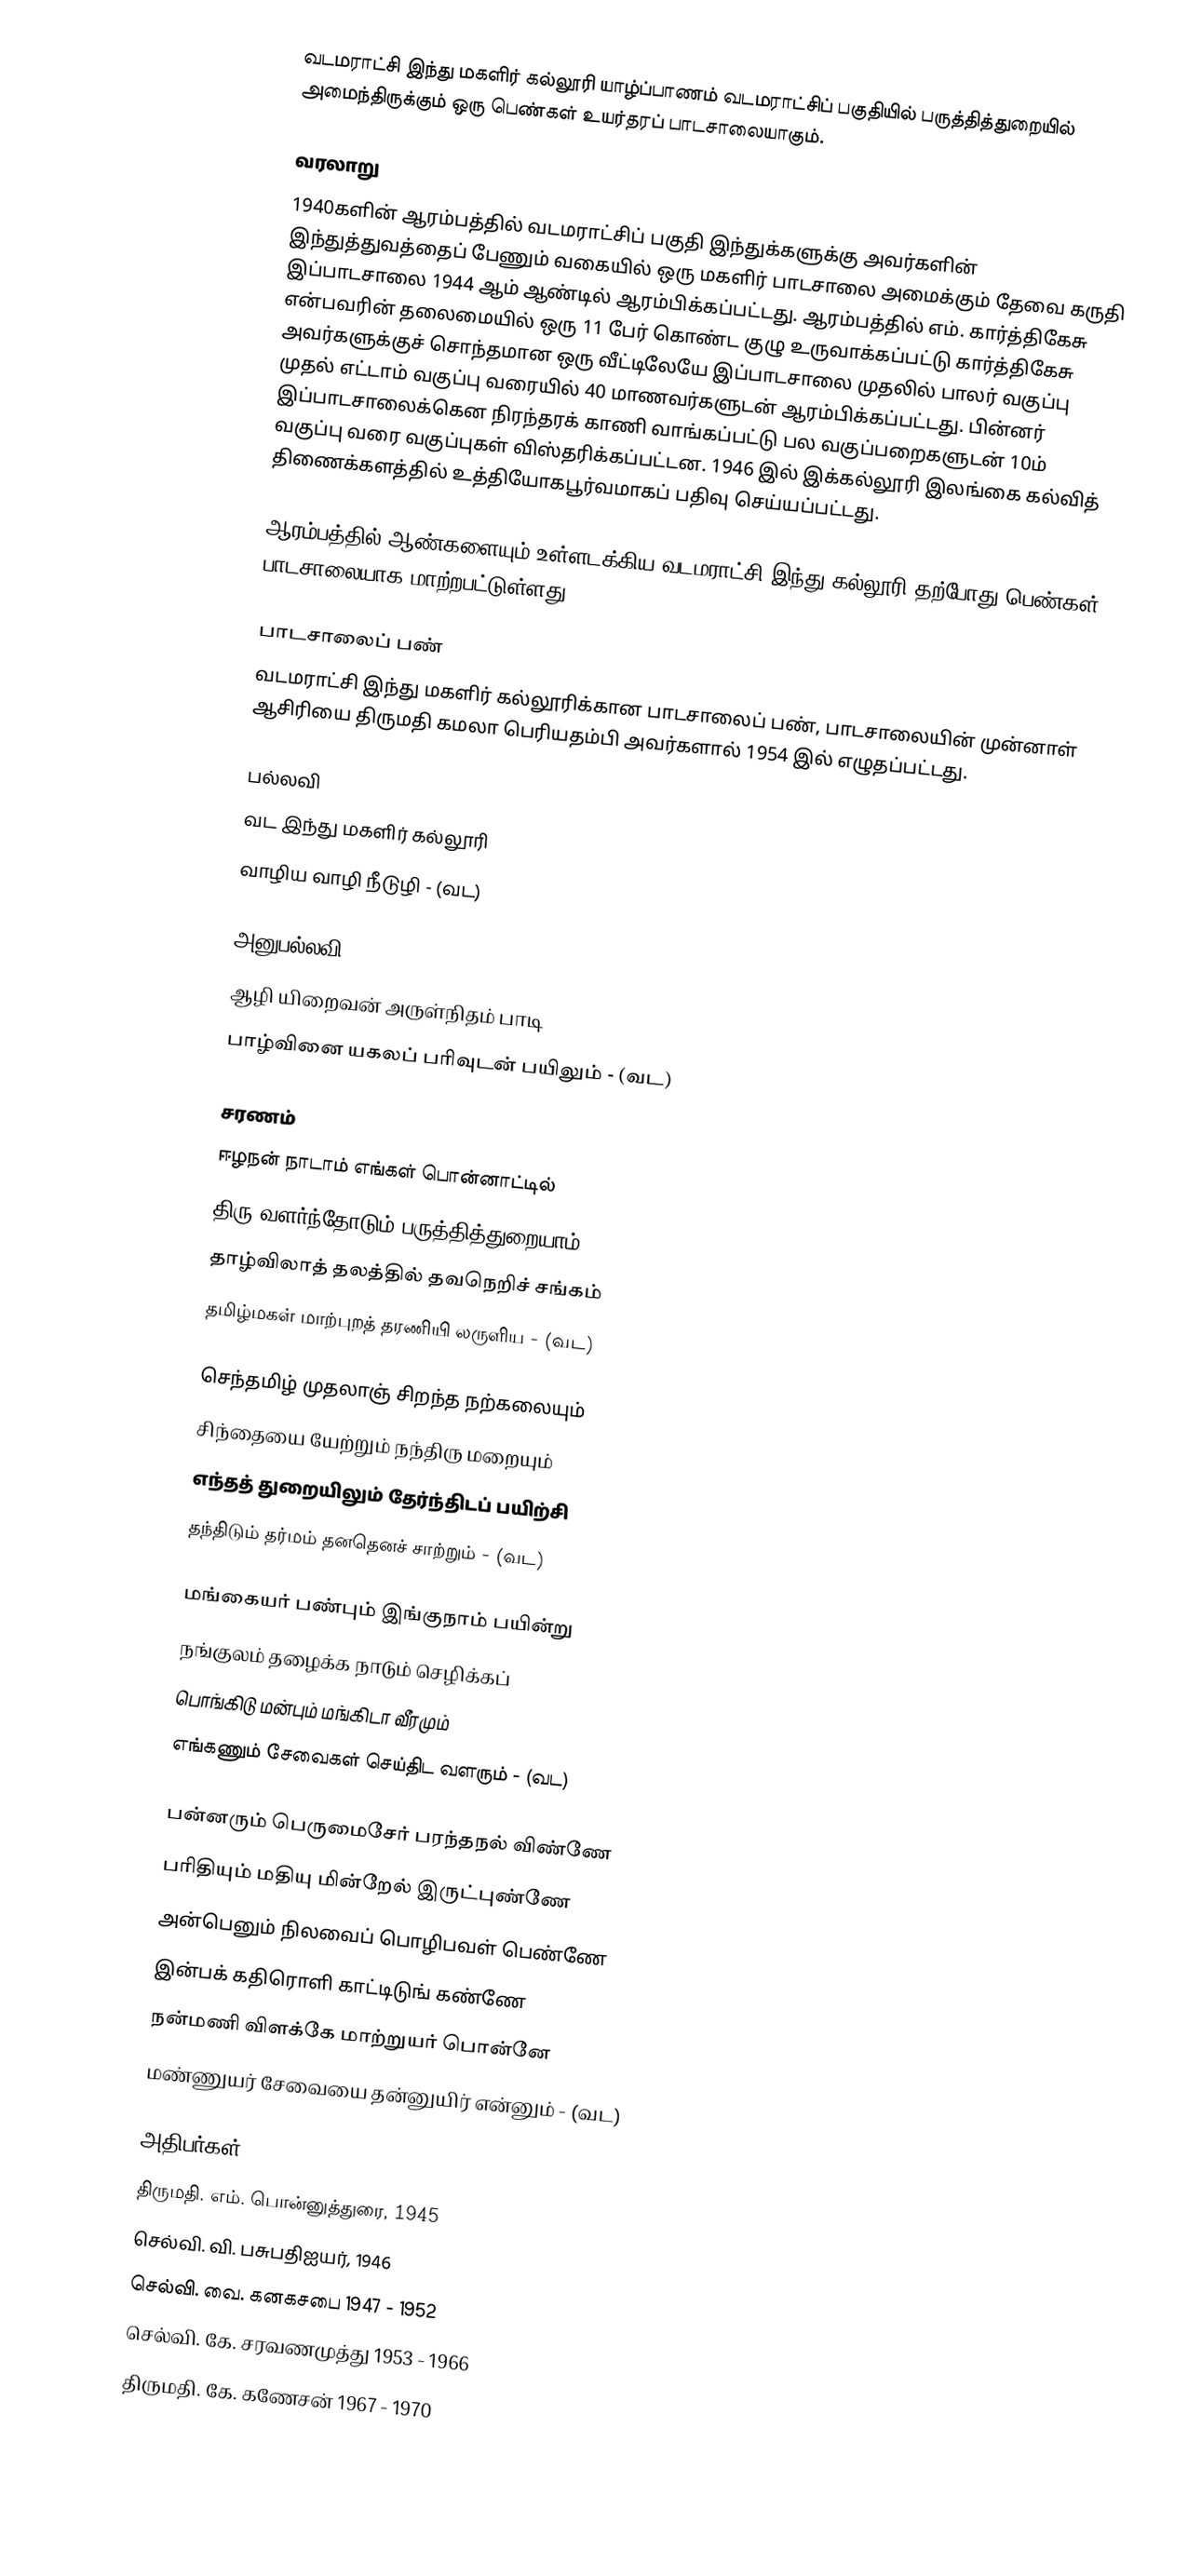
வடமராட்சி இந்து மகளிர் கல்லூரி யாழ்ப்பாணம் வடமராட்சிப் பகுதியில் பருத்தித்துறையில் அமைந்திருக்கும் ஒரு பெண்கள் உயர்தரப் பாடசாலையாகும்.

வரலாறு
1940களின் ஆரம்பத்தில் வடமராட்சிப் பகுதி இந்துக்களுக்கு அவர்களின் இந்துத்துவத்தைப் பேணும் வகையில் ஒரு மகளிர் பாடசாலை அமைக்கும் தேவை கருதி இப்பாடசாலை 1944 ஆம் ஆண்டில் ஆரம்பிக்கப்பட்டது. ஆரம்பத்தில் எம். கார்த்திகேசு என்பவரின் தலைமையில் ஒரு 11 பேர் கொண்ட குழு உருவாக்கப்பட்டு கார்த்திகேசு அவர்களுக்குச் சொந்தமான ஒரு வீட்டிலேயே இப்பாடசாலை முதலில் பாலர் வகுப்பு முதல் எட்டாம் வகுப்பு வரையில் 40 மாணவர்களுடன் ஆரம்பிக்கப்பட்டது. பின்னர் இப்பாடசாலைக்கென நிரந்தரக் காணி வாங்கப்பட்டு பல வகுப்பறைகளுடன் 10ம் வகுப்பு வரை வகுப்புகள் விஸ்தரிக்கப்பட்டன. 1946 இல் இக்கல்லூரி இலங்கை கல்வித் திணைக்களத்தில் உத்தியோகபூர்வமாகப் பதிவு செய்யப்பட்டது.

ஆரம்பத்தில் ஆண்களையும் உள்ளடக்கிய வடமராட்சி இந்து கல்லூரி தற்போது பெண்கள் பாடசாலையாக மாற்றபட்டுள்ளது.

பாடசாலைப் பண்
வடமராட்சி இந்து மகளிர் கல்லூரிக்கான பாடசாலைப் பண், பாடசாலையின் முன்னாள் ஆசிரியை திருமதி கமலா பெரியதம்பி அவர்களால் 1954 இல் எழுதப்பட்டது.

பல்லவி
வட இந்து மகளிர் கல்லூரி
வாழிய வாழி நீடுழி - (வட)

அனுபல்லவி
ஆழி யிறைவன் அருள்நிதம் பாடி
பாழ்வினை யகலப் பரிவுடன் பயிலும் - (வட)

சரணம்
ஈழநன் நாடாம் எங்கள் பொன்னாட்டில்
திரு வளர்ந்தோடும் பருத்தித்துறையாம்
தாழ்விலாத் தலத்தில் தவநெறிச் சங்கம்
தமிழ்மகள் மாற்புறத் தரணியி லருளிய - (வட)

செந்தமிழ் முதலாஞ் சிறந்த நற்கலையும்
சிந்தையை யேற்றும் நந்திரு மறையும்
எந்தத் துறையிலும் தேர்ந்திடப் பயிற்சி
தந்திடும் தர்மம் தனதெனச் சாற்றும் - (வட)

மங்கையர் பண்பும் இங்குநாம் பயின்று
நங்குலம் தழைக்க நாடும் செழிக்கப்
பொங்கிடு மன்பும் மங்கிடா வீரமும்
எங்கணும் சேவைகள் செய்திட வளரும் - (வட)

பன்னரும் பெருமைசேர் பரந்தநல் விண்ணே
பரிதியும் மதியு மின்றேல் இருட்புண்ணே
அன்பெனும் நிலவைப் பொழிபவள் பெண்ணே
இன்பக் கதிரொளி காட்டிடுங் கண்ணே
நன்மணி விளக்கே மாற்றுயர் பொன்னே
மண்ணுயர் சேவையை தன்னுயிர் என்னும் - (வட)

அதிபர்கள்
 திருமதி. எம். பொன்னுத்துரை, 1945
 செல்வி. வி. பசுபதிஐயர், 1946
 செல்வி. வை. கனகசபை 1947 - 1952
 செல்வி. கே. சரவணமுத்து 1953 - 1966
 திருமதி. கே. கணேசன் 1967 - 1970